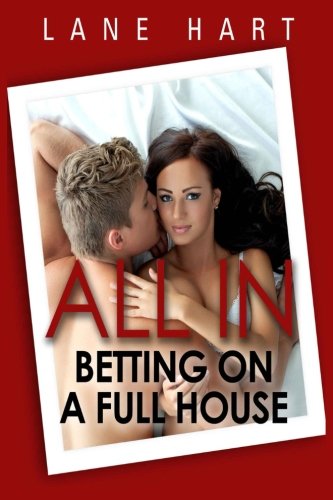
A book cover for All In: Betting on a Full House (Gambling With Love); Lane Hart; Romance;